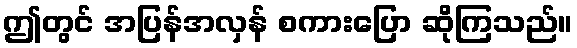
ဤတွင် အပြန်အလှန် စကားပြော ဆိုကြသည်။